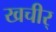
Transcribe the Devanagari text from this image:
खचीर्